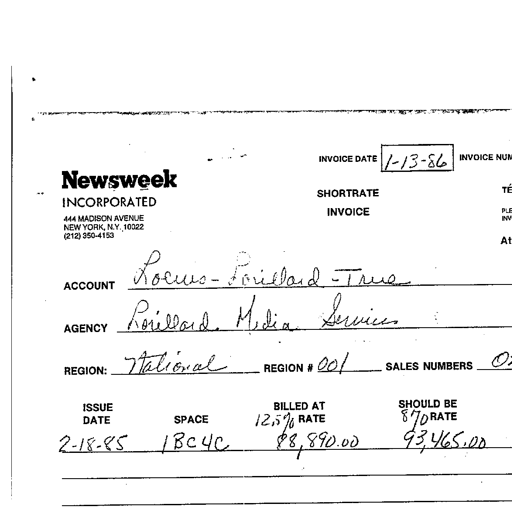
Transcript:
INVOICE DATE 1-13-86 INVOICE NUM
Newsweek
INCORPORATED
SHORTRATE
INVOICE
444 MADISON AVENUE
NEW YORK, N.Y. 10022
(212) 350-4153
ACCOUNT Loews - Lorillard - True
AGENCY Lorillard Media Services
REGION: National REGION # 001 SALES NUMBERS 02
ISSUE DATE SPACE BILLED AT RATE SHOULD BE RATE
2-18-85 1 BC 4C 12.5% 88,890.00 87.0 93,465.00